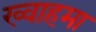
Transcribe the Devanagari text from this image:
ख्वाहमा